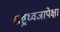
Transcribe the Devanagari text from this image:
राष्ट्रध्वजापेक्षा